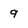
Character: g